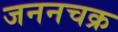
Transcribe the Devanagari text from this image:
जननचक्र